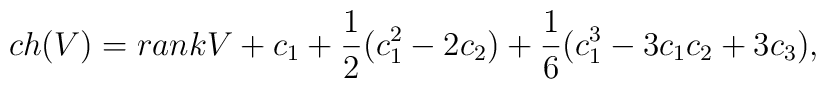
ch(V)=rank V +c_1+\frac{1}{2}(c_1^2-2c_2)+\frac{1}{6}(c_1^3-3c_1c_2+3c_3),